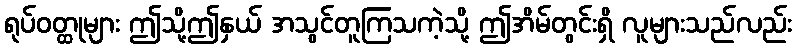
ရုပ်ဝတ္ထုများ ဤသို့ဤနှယ် အသွင်တူကြသကဲ့သို့ ဤအိမ်တွင်းရှိ လူများသည်လည်း